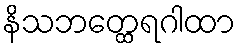
နိသဘတ္ထေရဂါထာ